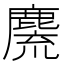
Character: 麍